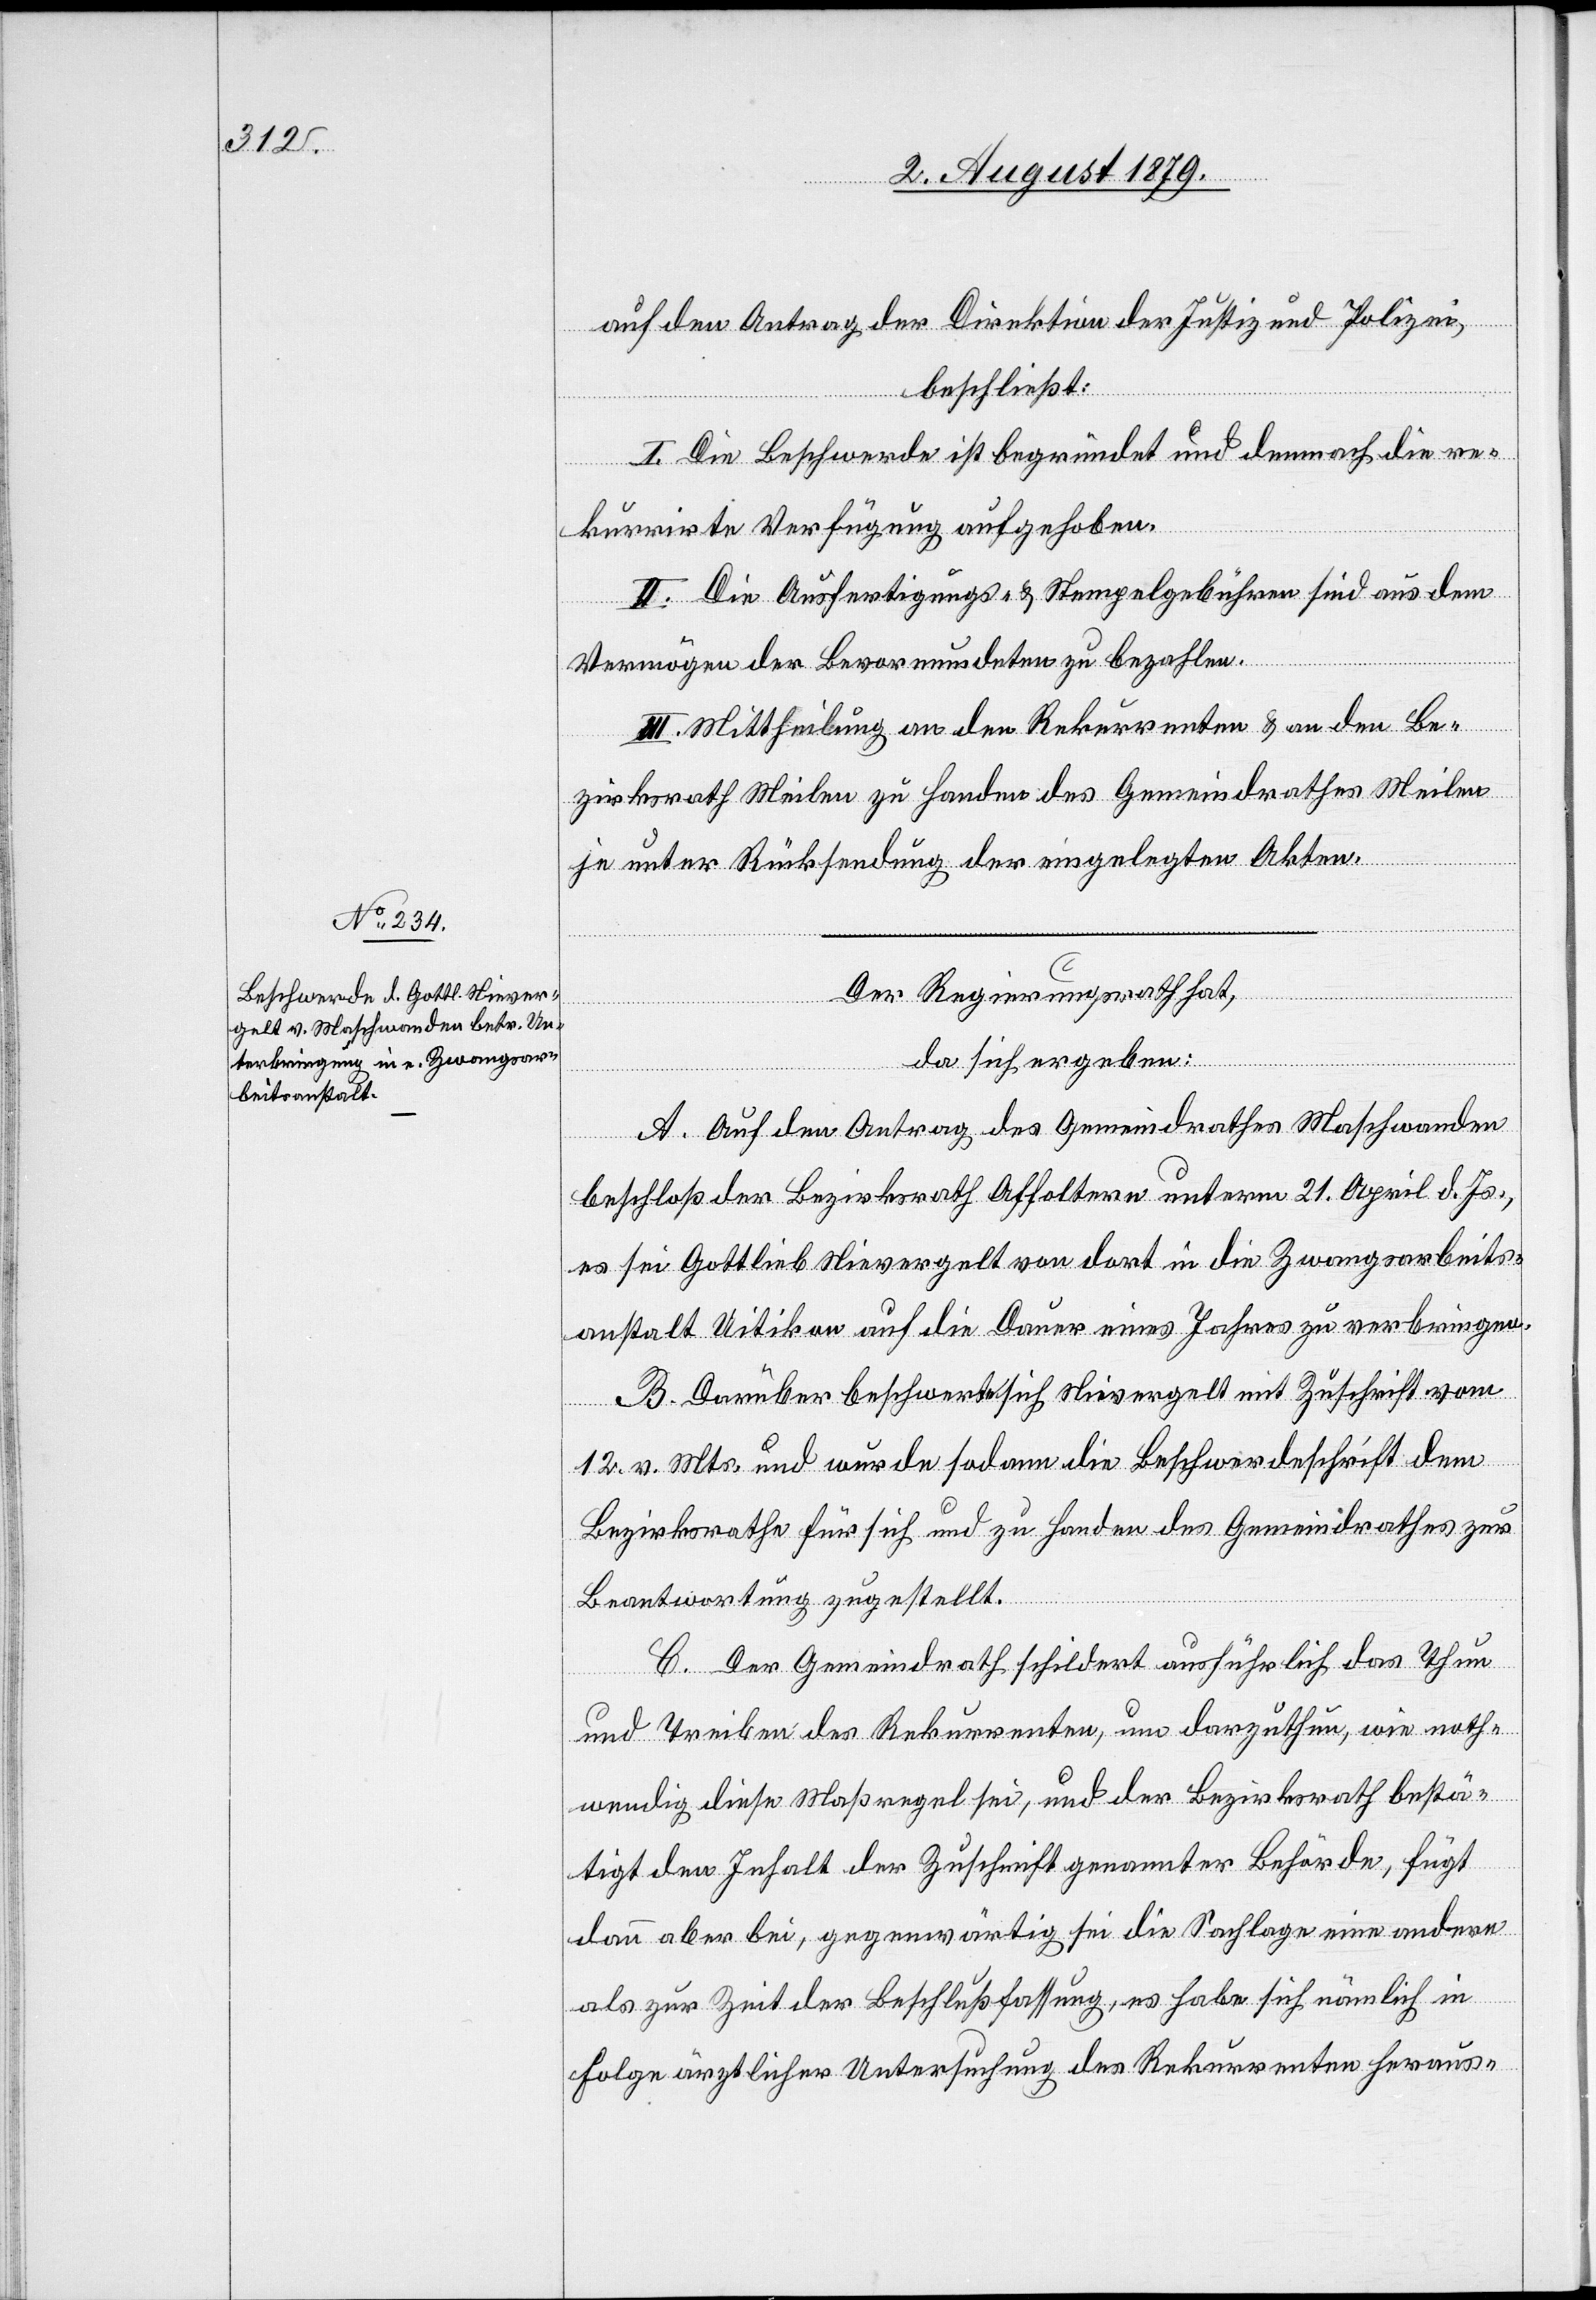
auf den Antrag der Direktion der Justiz & Polizei,
beschließt:
I. Die Beschwerde ist begründet und demnach die re¬
kurrirte Verfügung aufgehoben.
II. Die Ausfertigungs- & Stempelgebühren sind aus dem
Vermögen der Bevormundeten zu bezahlen.
III. Mittheilung an den Rekurrenten & an den Be¬
zirksrath Meilen zu Handen des Gemeindrathes Meilen
je unter Rücksendung der eingelegten Akten.
Der Regierungsrath hat,
da sich ergeben:
A. Auf den Antrag des Gemeindrathes Maschwanden
beschloß der Bezirksrath Affoltern unterm 21. April d. Js.,
es sei Gottlieb Nievergelt von dort in die Zwangsarbeits¬
anstalt Uitikon auf die Dauer eines Jahres zu verbringen.
B. Darüber beschwerte sich Nievergelt mit Zuschrift vom
12. v. Mts. und wurde sodann die Beschwerdeschrift dem
Bezirksrathe für sich und zu Handen des Gemeindrathes zur
Beantwortung zugestellt.
C. Der Gemeindrath schildert ausführlich das Thun
und Treiben des Rekurrenten, um darzuthun, wie noth¬
wendig diese Maßregel sei, und der Bezirksrath bestä¬
tigt den Inhalt der Zuschrift genannter Behörde, fügt
dann aber bei, gegenwärtig sei die Sachlage eine andere
als zur Zeit der Beschlußfassung, es habe sich nämlich in
Folge ärztlicher Untersuchung des Rekurrenten heraus-